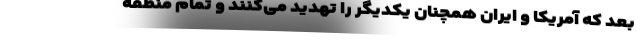
بعد که آمریکا و ایران همچنان یکدیگر را تهدید می‌کنند و تمام منطقه